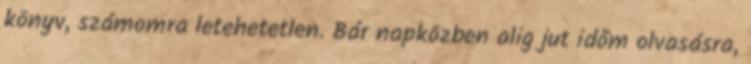
könyv, számomra letehetetlen. Bár napközben alig jut időm olvasásra,